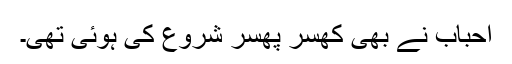
احباب نے بھی کھسر پھسر شروع کی ہوئی تھی۔